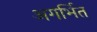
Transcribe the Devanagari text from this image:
अगर्भित